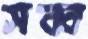
সব্ব